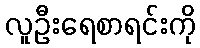
လူဦးရေစာရင်းကို